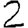
Digit: 2